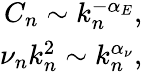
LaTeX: \begin{array}{r}{C_{n}\sim k_{n}^{-\alpha_{E}},}\\ {\nu_{n}k_{n}^{2}\sim k_{n}^{\alpha_{\nu}},}\end{array}